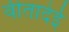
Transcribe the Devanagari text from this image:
वीतादेई